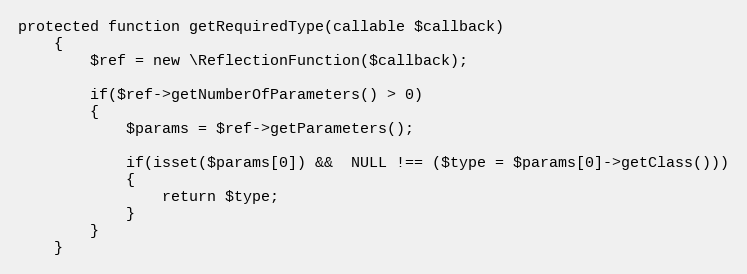
Language: PHP
protected function getRequiredType(callable $callback)
	{
		$ref = new \ReflectionFunction($callback);

		if($ref->getNumberOfParameters() > 0)
		{
			$params = $ref->getParameters();

			if(isset($params[0]) &&  NULL !== ($type = $params[0]->getClass()))
			{
				return $type;
			}
		}
	}